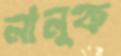
নানুক